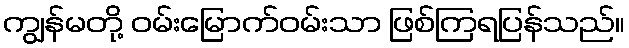
ကျွန်မတို့ ဝမ်းမြောက်ဝမ်းသာ ဖြစ်ကြရပြန်သည်။